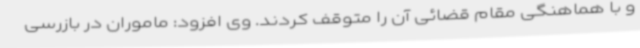
و با هماهنگی مقام قضائی آن را متوقف کردند. وی افزود: ماموران در بازرسی